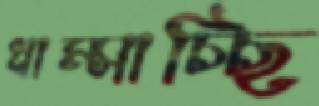
ধাম্‌সাচ্ছি